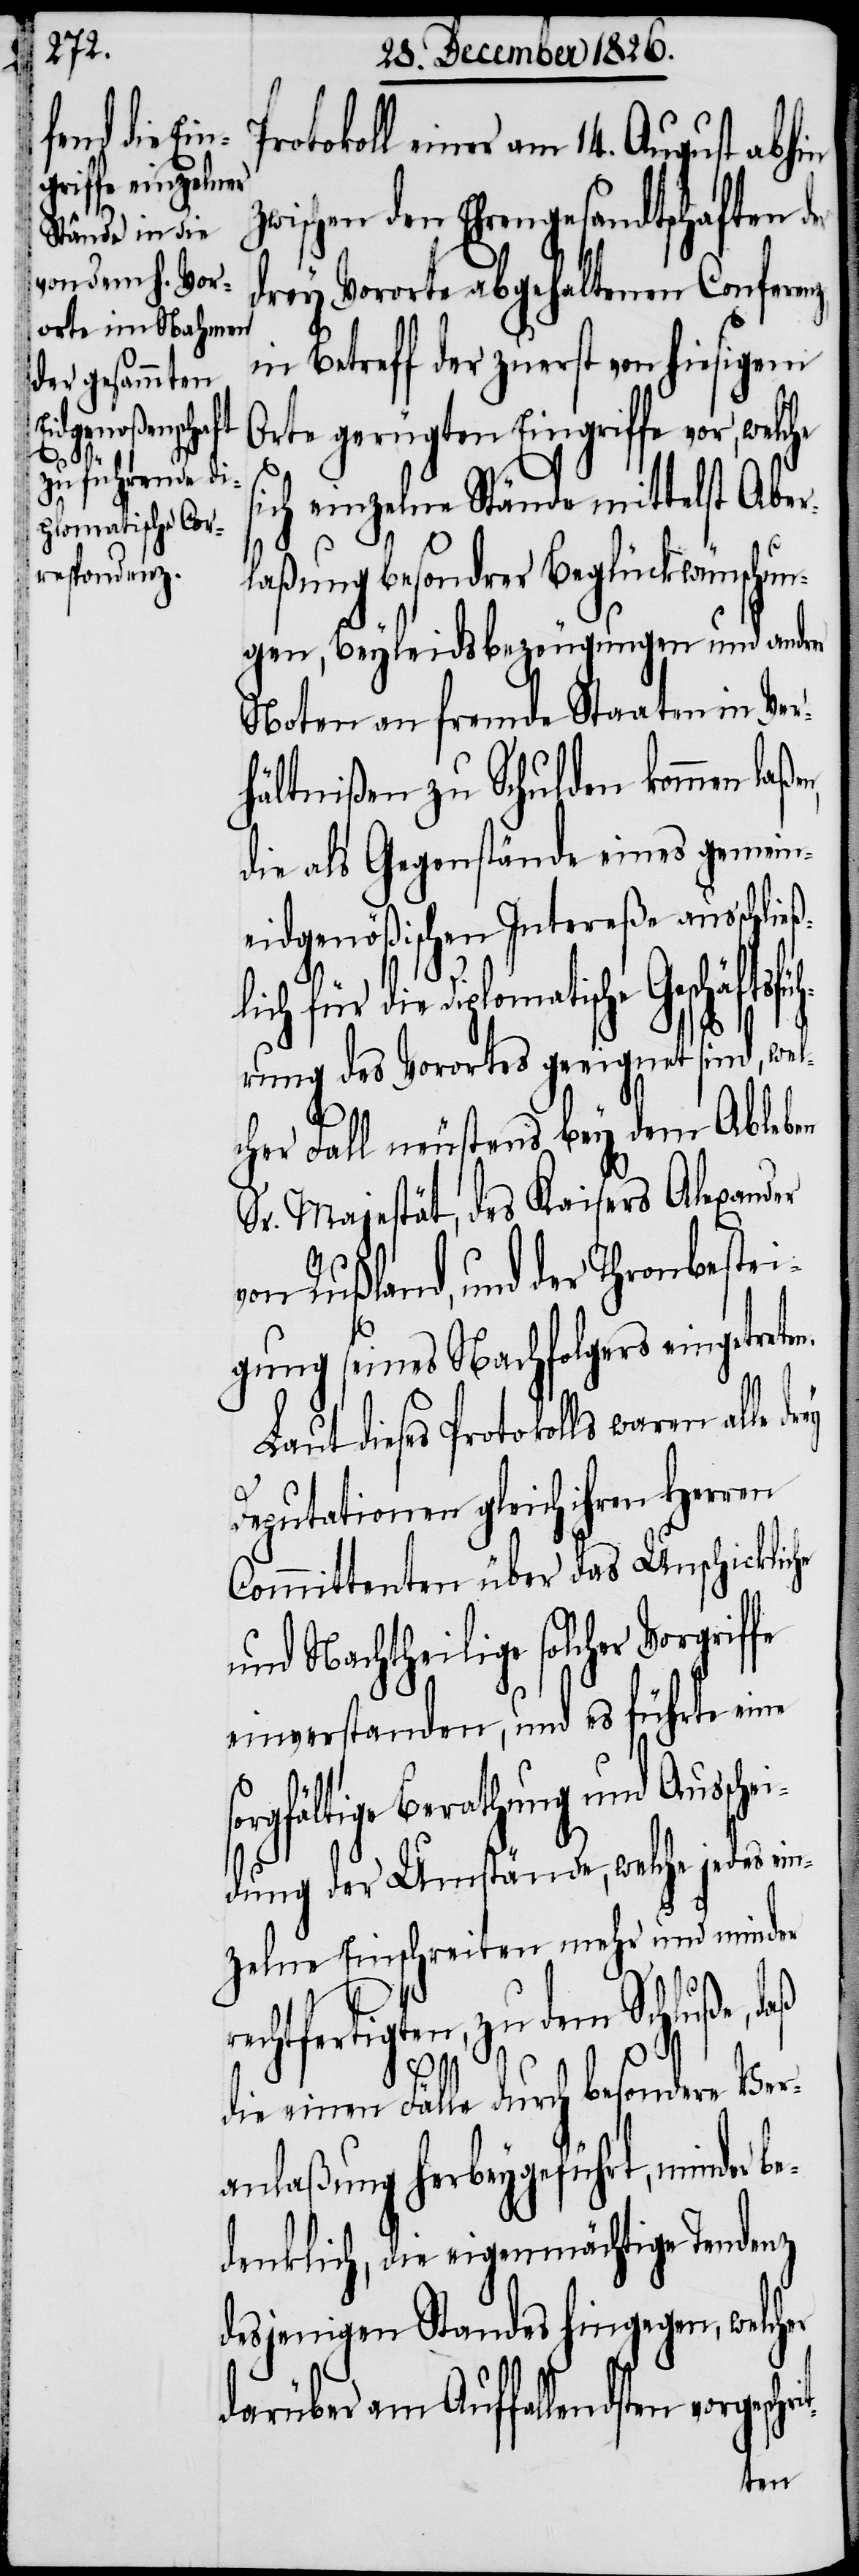
chei¬

so¬
rotokoll einer am 14. August abhin
zwischen den Ehrengesandtschaften d¬
drey Vororte abgehaltenen Conferen¬
in Betreff der zuerst von hiesigem
Orte gerügten Eingriffe vor,
ich einzelne Stände mittelst Aber¬
laßung besondrer Beglückwünschun¬
gen, Beyleidsbezeugungen und andrer
Noten an fremde Staaten in Ver¬
hältnißen zu Schulden kommen laße¬
die als Gegenstände eines gemein¬
eidgenößischen Intereße auss¬
r die diplomatische Geschäfts¬
hrung des Vorortes geeignet sind, wel¬
cher Fall neuestens bey dem Ableben
Sr. Majestät, des Kaisers Alexander
on Rußland, und der Thronbeste¬
igung seines Nachfolgers eingetreten.
Laut dieses Protokolls waren alle
Deputationen gleich ihren Herren
Committenten über das Unschickliche
und Nachtheilige solcher Vorgrif¬
einverstanden, und es führte eine
rgfältige Berathung und Auss¬
dung der Umstände, welche jedes ein¬
zelne Einschreiten mehr und minder
echtfertigten, zu dem Schluße, d¬
aß
fe
die einen Fälle durch besondere Ver¬
anlaßung herbeygeführt, minder be¬
denklich, die eigenmächtige Tendenz
desjenigen Standes hingegen, welcher
darüber am Auffallendsten